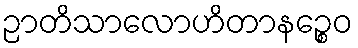
ဉာတိသာလောဟိတာနဉ္စေဝ